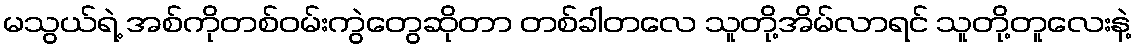
မသွယ်ရဲ့ အစ်ကိုတစ်ဝမ်းကွဲတွေဆိုတာ တစ်ခါတလေ သူတို့အိမ်လာရင် သူတို့တူလေးနဲ့